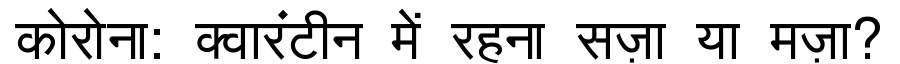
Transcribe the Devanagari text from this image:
कोरोना: क्वारंटीन में रहना सज़ा या मज़ा?